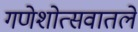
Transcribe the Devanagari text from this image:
गणेशोत्सवातले